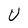
Character: U